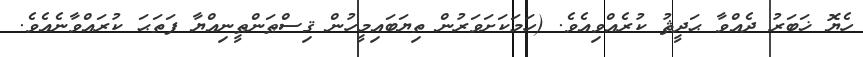
ހެޔޮ ޚަބަރު ދެއްވާ ޙަދީޘު ކުރެއްވިއެވެ. (ހަމަކަށަވަރުން ތިޔަބައިމީހުން ޤިސްޠަންޠީނިއްޔާ ފަތަޙަ ކުރައްވާނެއެވެ.